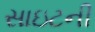
સાઇટની